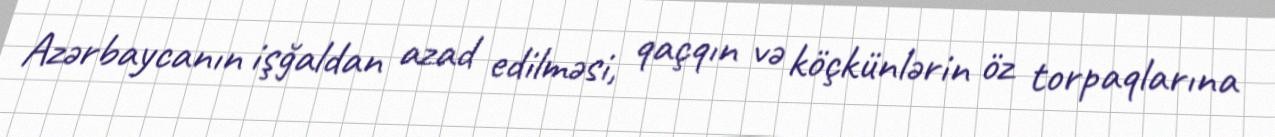
Azərbaycanın işğaldan azad edilməsi, qaçqın və köçkünlərin öz torpaqlarına